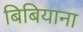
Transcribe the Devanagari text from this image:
बिबियाना